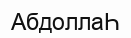
АбдоллаҺ